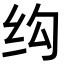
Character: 𬘗